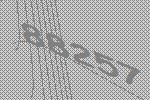
88257